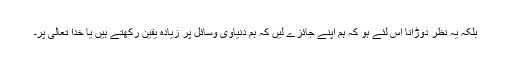
بلکہ یہ نظر دوڑانا اس لئے ہو کہ ہم اپنے جائزے لیں کہ ہم دنیاوی وسائل پر زیادہ یقین رکھتے ہیں یا خدا تعالیٰ پر۔